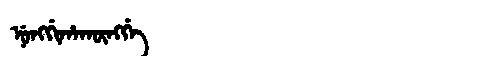
Manchu: ᠨᡠᠩᡤᡳᡥᠠᡴᡡᠩᡤᡝ
Romanization: NUNGGIHAKŪNGGE